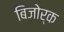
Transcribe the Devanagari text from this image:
बिजोर्क